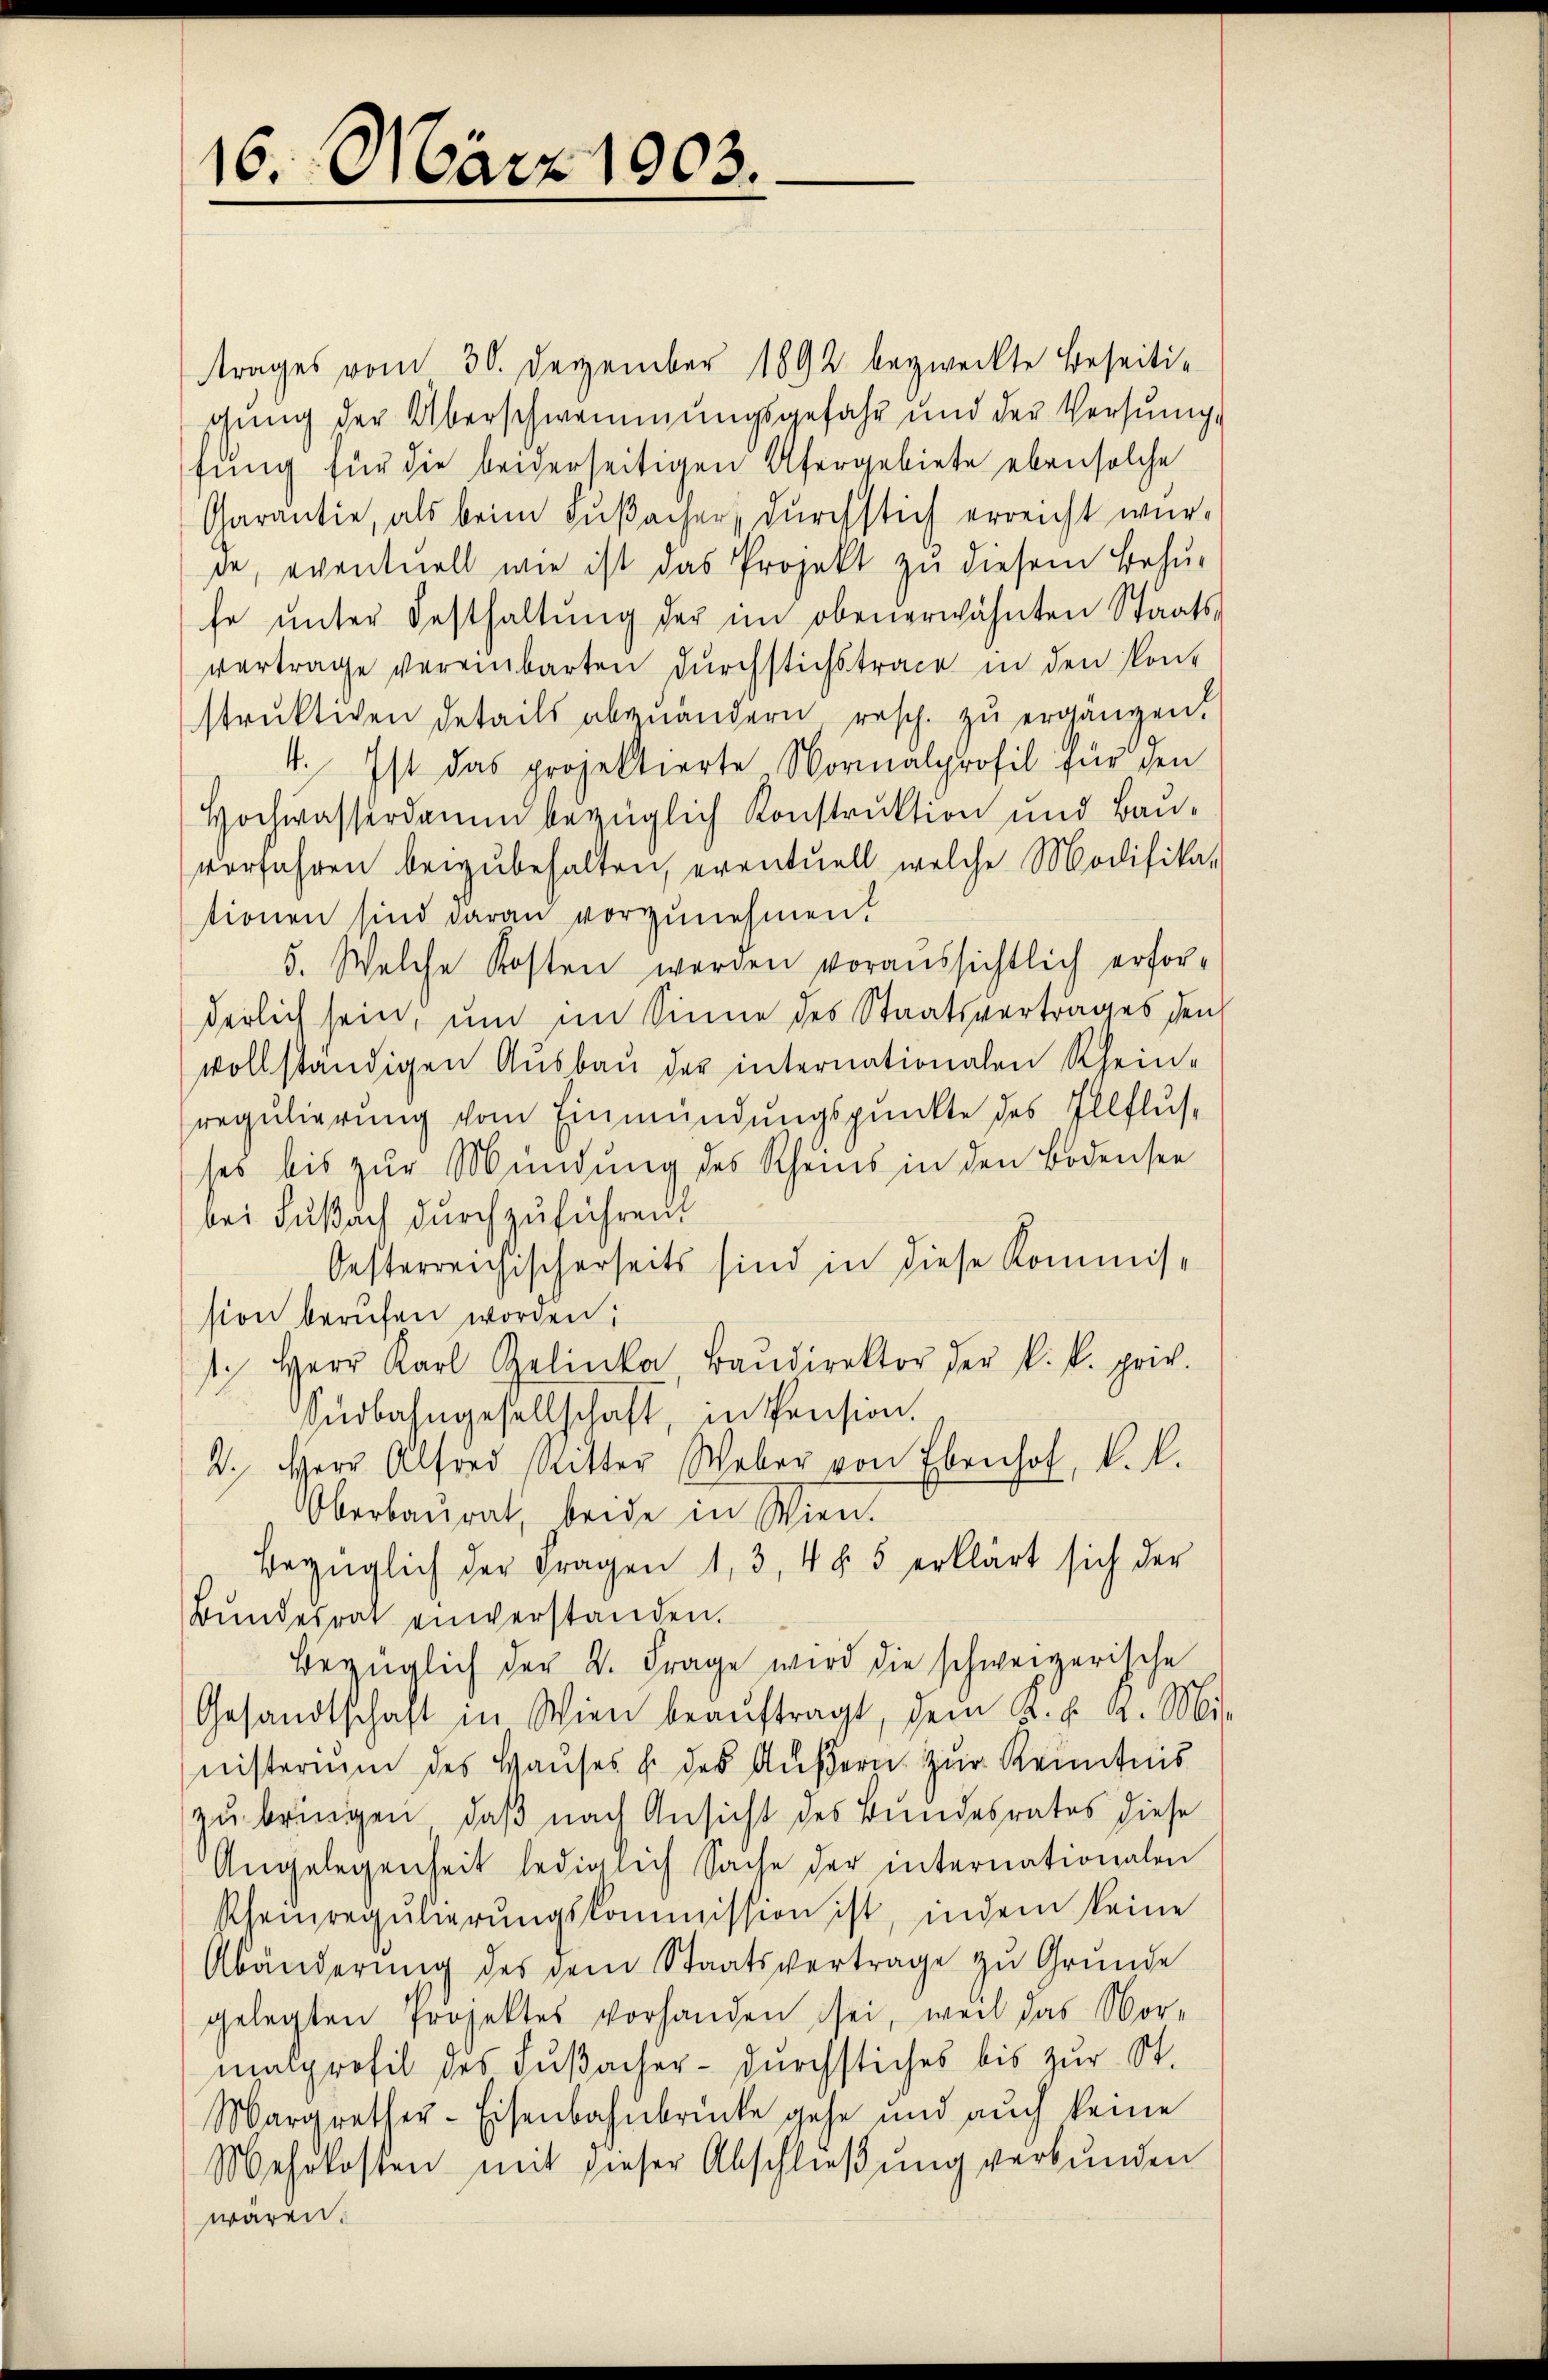
16. März 1903.

trages vom 30. Dezember 1892 bezweckte Beseitigung der Überschwemmungsgefahr und der Versung
fung für die beiderseitigen Ufergebiete ebensolche
Garantie, als beim Fußacher, durchstich erreicht wür-
de, eventuell wie ist das Projekt zu diesem Behu-
fe ŭnter Festhaltŭng der im obenerwähnten Staats-
vertrage vereinbarten dŭrchstichstrace in den Kont
struktiven Details abzuändern rasch. zu ergänzen.
4. Ist das projektierte Normalprofil für den
Hochwasserdam bezüglich Konstruktion und Baŭ-
vorfahren beizubehalten, eventuell welche Modifika-
tionen sind daran vorzunehmen.
5. Welche Kosten werden voraussichtlich erforderlich sein, um im Sinne des Staatsvertrages den
vollständigen Aŭsbaŭ der internationalen Rhein-
regulierung vom Einmündungspunkte des Illflus-
ses bis zŭr Mündung des Rheins in den Bodensee
bei Fußach durchzuführend
Oesterreichischerseits sind in diese Kommission berufen worden:
1. Herr Karl Gelinke Baŭdirektor der k. k. priv.
Südbahngesellschaft, in Pension.
2. Herr Alfred Ritter Weber von Ebenhof, k. k.
Oberbaŭrat, beide in Wien.
Bezüglich der Fragen 1, 3, 4 § 5 erklärt sich der
Bŭndesrat einverstanden.
Bezüglich der K. Frage wird die schweizerische
Gesandtschaft in Wien beaŭftragt, dem k. k. k. Mi
nisterium des Hauses h. des Äußern zur Kenntnis
zu bringen, daß nach Ansicht des Bundesrates diese
Angelegenheit lediglich Sache der internationalen
Rheinregulierŭngskommission ist, indem keine
Abänderŭng des dem Staatsvertrage zu Gründe
gelegten Projektes vorhanden sei, weil das Vor-
malprofil des Fußacher - durchstiches bis zur St.
Margrether-Eisenbahnbrücke gehe und auch keine
Mehrkosten mit dieser Abschließung verbunden
wären.